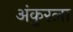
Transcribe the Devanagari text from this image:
अंकुरला